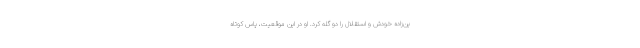
ین‌زاده خودش و استقلال را دو گله کرد. او در این موقعیت، پاس کوتاه